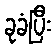
ခုခံပြီး